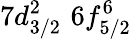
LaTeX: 7d_{3/2}^{2}\, \, 6f_{5/2}^{6}